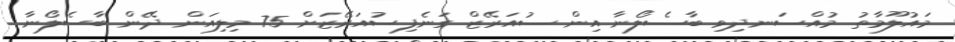
މައުލޫމާތު މުއްސަނދިވި ބާސެލޯނާ އިން ސުއަރޭޒް ގަނެފިސުއަރޭޒަށް 75 މިލިއަން ދޭން ބާސެލޯނާ